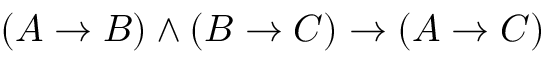
( A \to B ) \land ( B \to C ) \to ( A \to C )